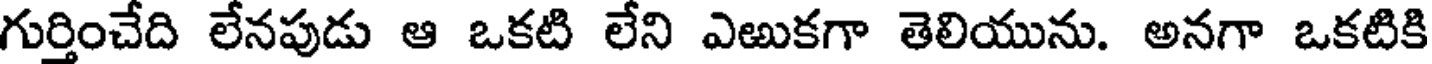
గుర్తించేది లేనపుడు ఆ ఒకటి లేని ఎఱుకగా తెలియును. అనగా ఒకటికి